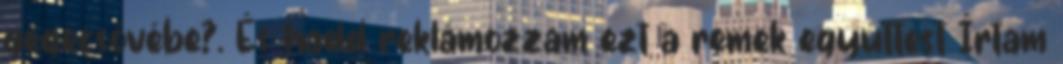
gégecsövébe?. És hadd reklámozzam ezt a remek együttest Írtam